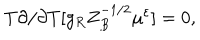
LaTeX: T \partial / \partial T [ g _ { R } Z _ { B } ^ { - 1 / 2 } \mu ^ { \varepsilon } ] = 0 ,